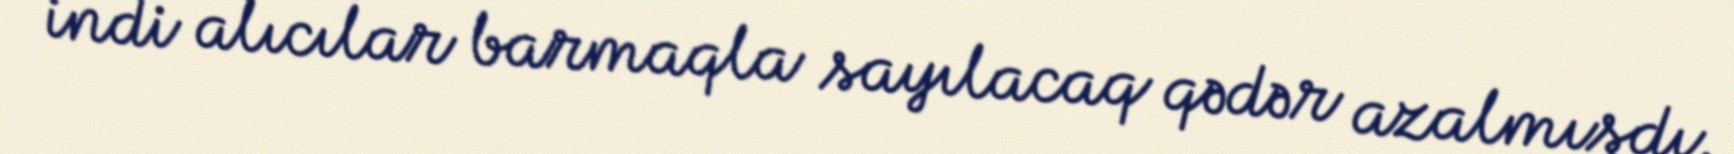
indi alıcılar barmaqla sayılacaq qədər azalmışdı.